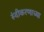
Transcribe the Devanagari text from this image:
रुंदीकरणाच्या